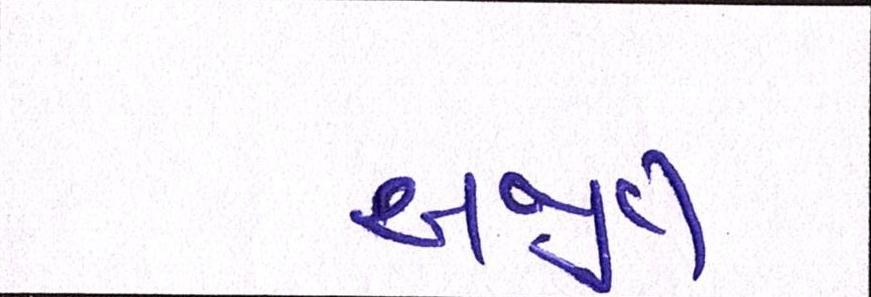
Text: અજીત